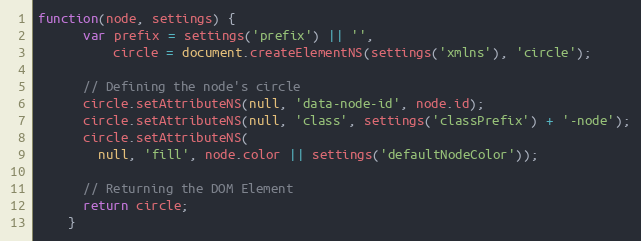
Language: JavaScript
function(node, settings) {
      var prefix = settings('prefix') || '',
          circle = document.createElementNS(settings('xmlns'), 'circle');

      // Defining the node's circle
      circle.setAttributeNS(null, 'data-node-id', node.id);
      circle.setAttributeNS(null, 'class', settings('classPrefix') + '-node');
      circle.setAttributeNS(
        null, 'fill', node.color || settings('defaultNodeColor'));

      // Returning the DOM Element
      return circle;
    }